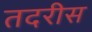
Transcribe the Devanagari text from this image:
तदरीस